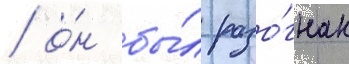
/ о́н бы́л разо́гнан